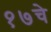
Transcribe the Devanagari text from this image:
१७चे